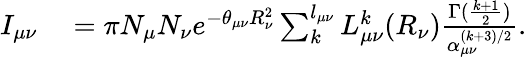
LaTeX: \begin{array}{rl}{I_{\mu\nu}}&{{}=\pi N_{\mu}N_{\nu}e^{-\theta_{\mu\nu}R_{\nu}^{2}}\sum_{k}^{l_{\mu\nu}}L_{\mu\nu}^{k}(R_{\nu})\frac{\Gamma(\frac{k+1}{2})}{\alpha_{\mu\nu}^{(k+3)/2}}.}\end{array}